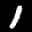
Label: 1